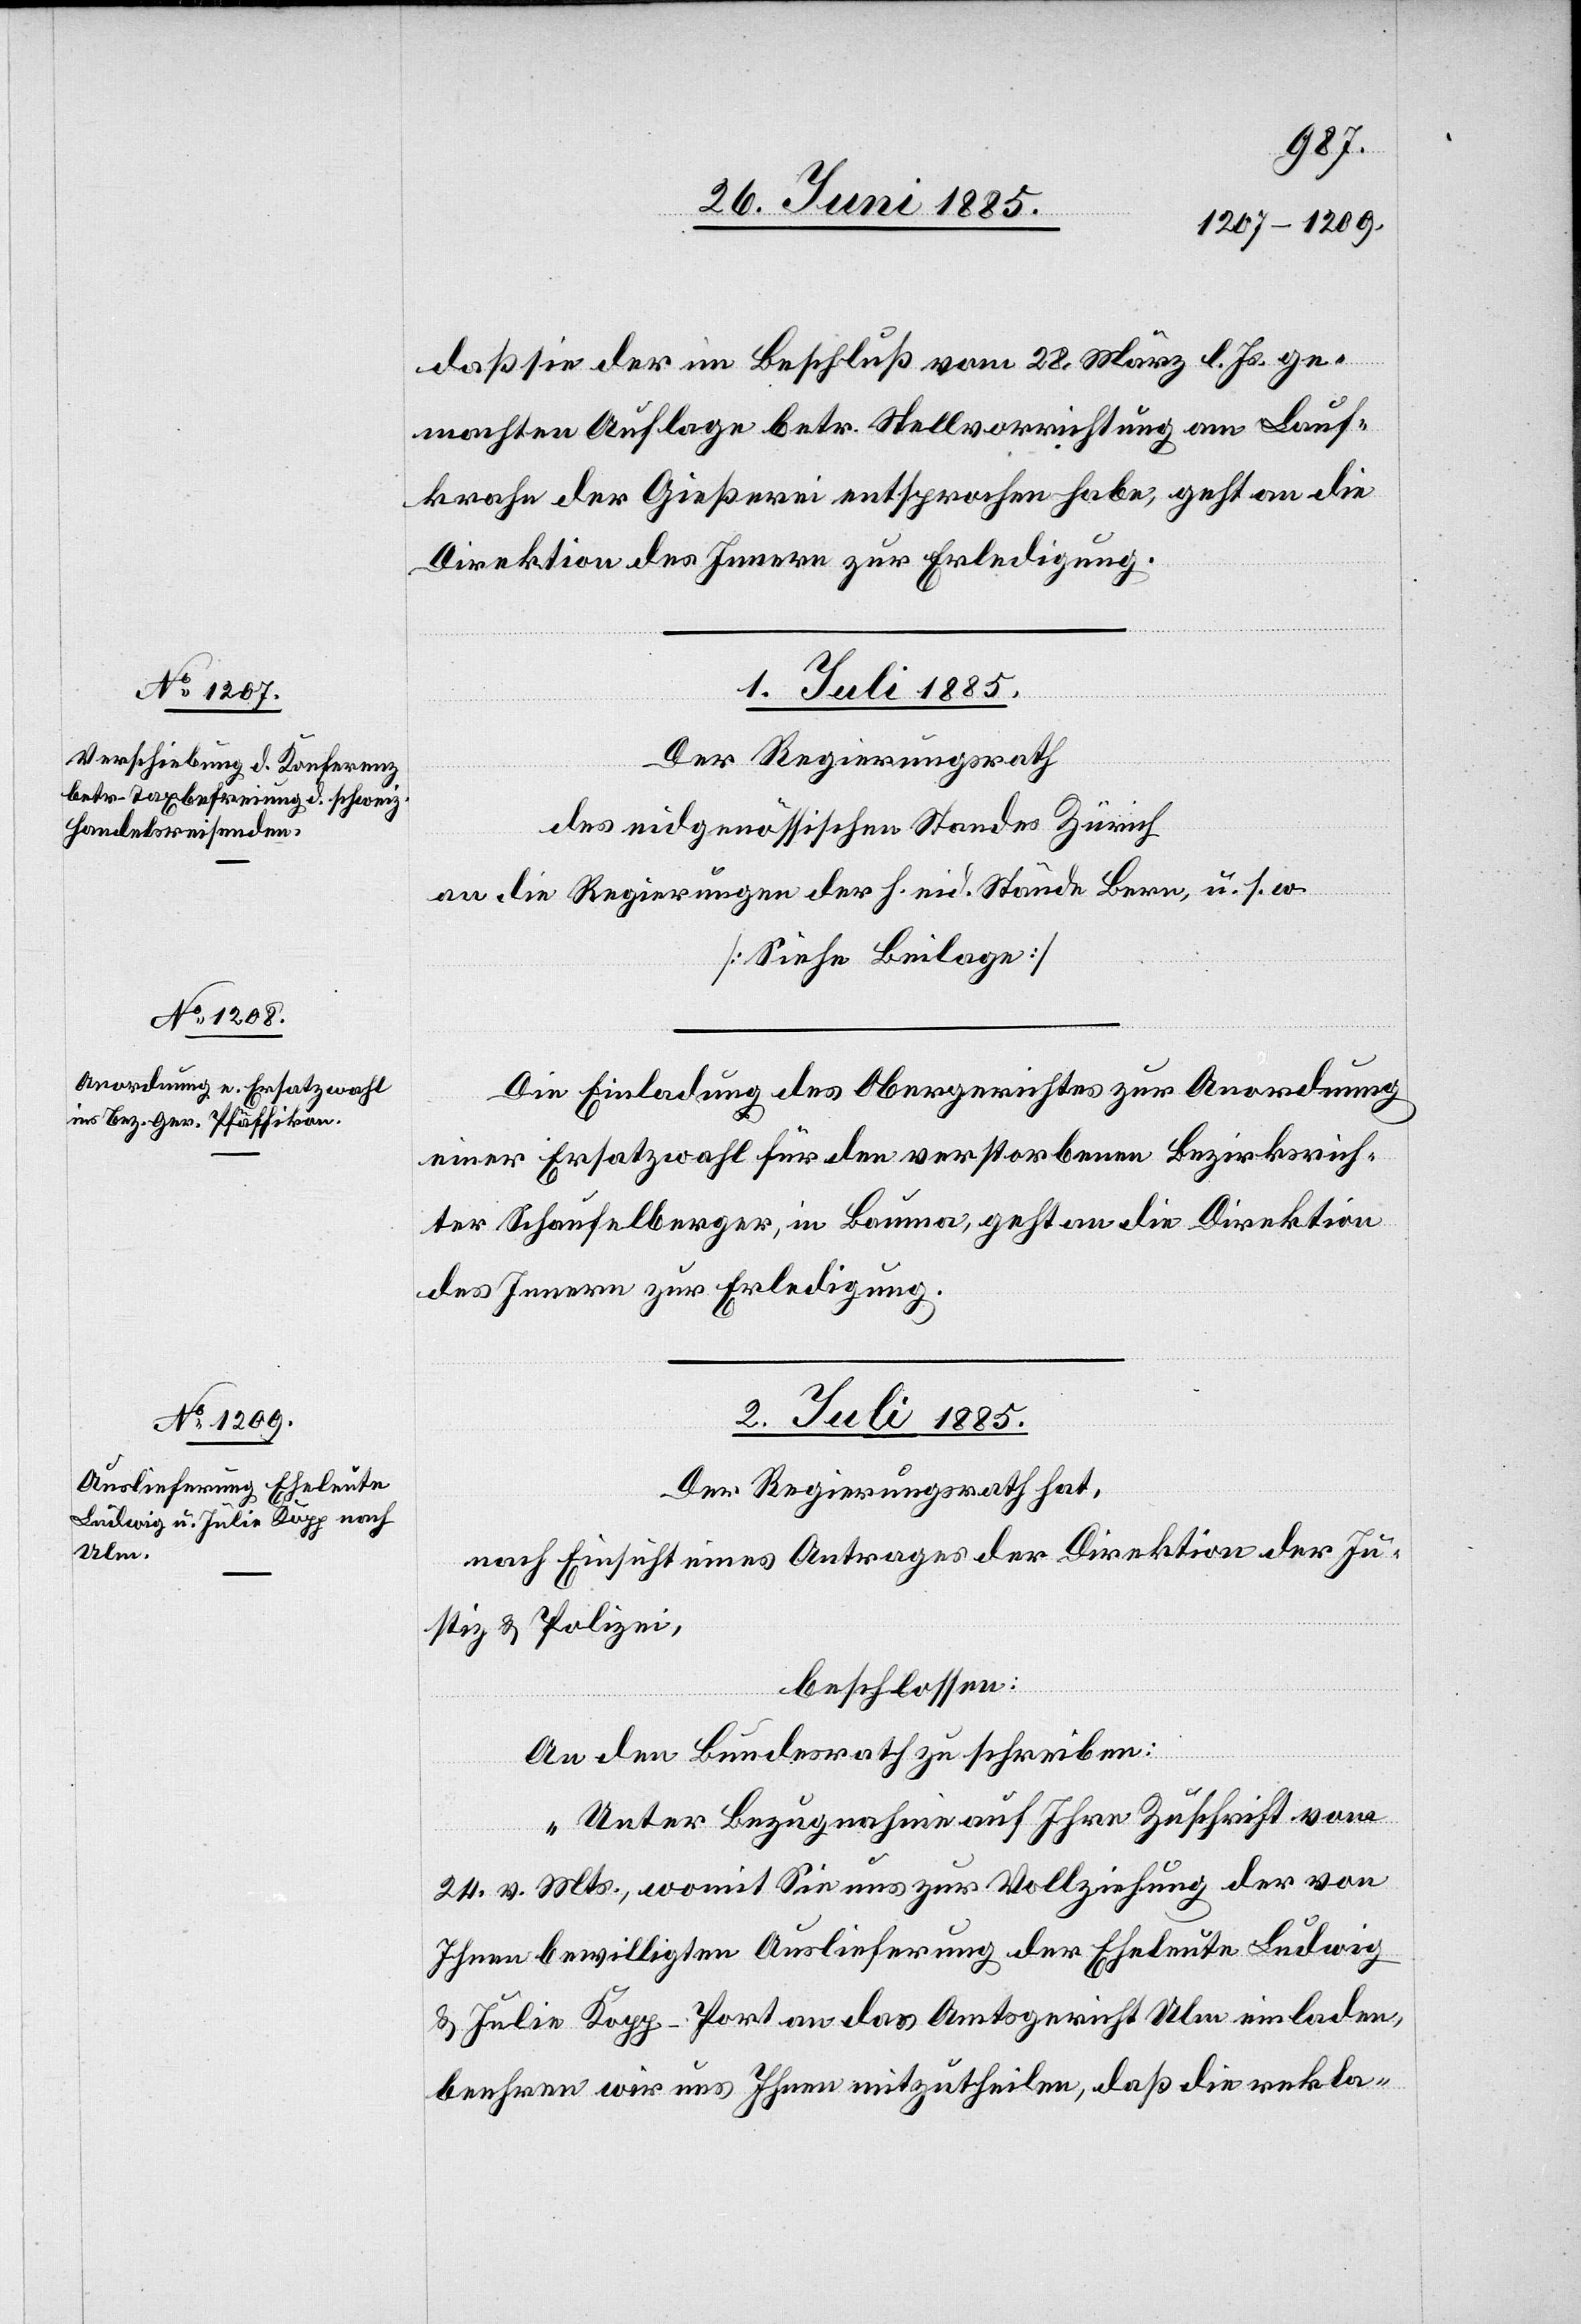
daß sie der im Beschluß vom 28. März l. Js. ge¬
machten Auflage betr. Stellvorrichtung am Lauf¬
krahn der Gießerei entsprochen habe, geht an die
Direktion des Innern zur Erledigung.
02. Juli 1885.
Die Einladung des Obergerichtes zur Anordnung
einer Ersatzwahl für den verstorbenen Bezirksrich¬
ter Schaufelberger, in Bauma, geht an die Direktion
des Innern zur Erledigung.
Der Regierungsrath hat,
nach Einsicht eines Antrages der Direktion der Ju¬
stiz & Polizei,
beschlossen:
An den Bundesrath zu schreiben:
„Unter Bezugnahme auf Ihre Zuschrift vom
24. v. Mts., womit Sie uns zur Vollziehung der von
Ihnen bewilligten Auslieferung der Eheleute Ludwig
& Julia Kopp-Port an das Amtsgericht Ulm einladen,
beehren wir uns Ihnen mitzutheilen, daß die rekla-